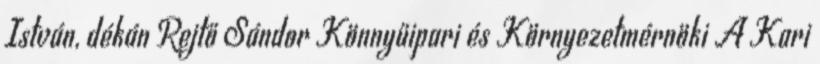
István, dékán Rejtő Sándor Könnyűipari és Környezetmérnöki A Kari